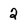
Character: 2